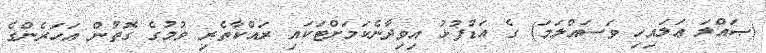
(ޞައްލަ ޢަލައިހި ވަސައްލަމަ) ގެ އަޑުފުޅު އިވިދާނެކަމަށްޓަކައި ރައްކާތެރި ވުމުގެ ގޮތުން އަހަރެންގެ